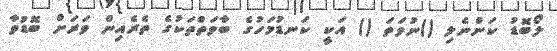
ލޯބޮޑު ކަންނެލި ()ނުވަތަ () އަކީ ކަނޑުމަހުގެ ބާވަތްތަކުގެ ތެރެއިން ވަރަށް ބޮޑުވާ